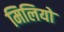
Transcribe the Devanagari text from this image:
मिलियो